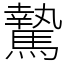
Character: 騺